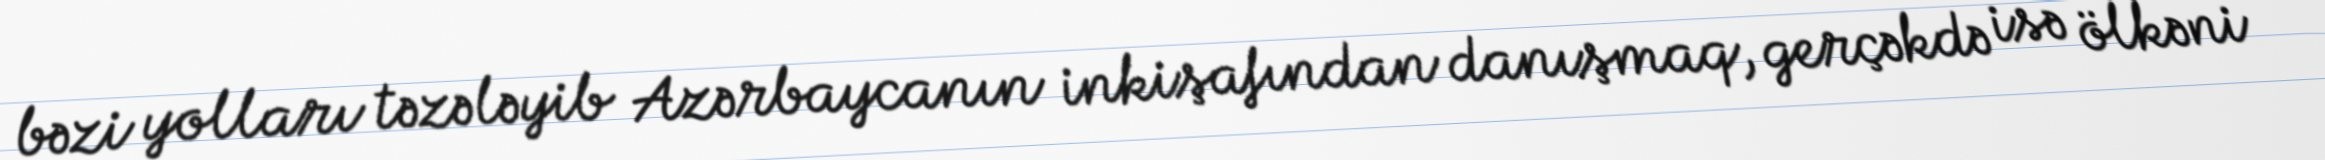
bəzi yolları təzələyib Azərbaycanın inkişafından danışmaq, gerçəkdə isə ölkəni